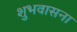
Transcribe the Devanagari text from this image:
शुभवासना